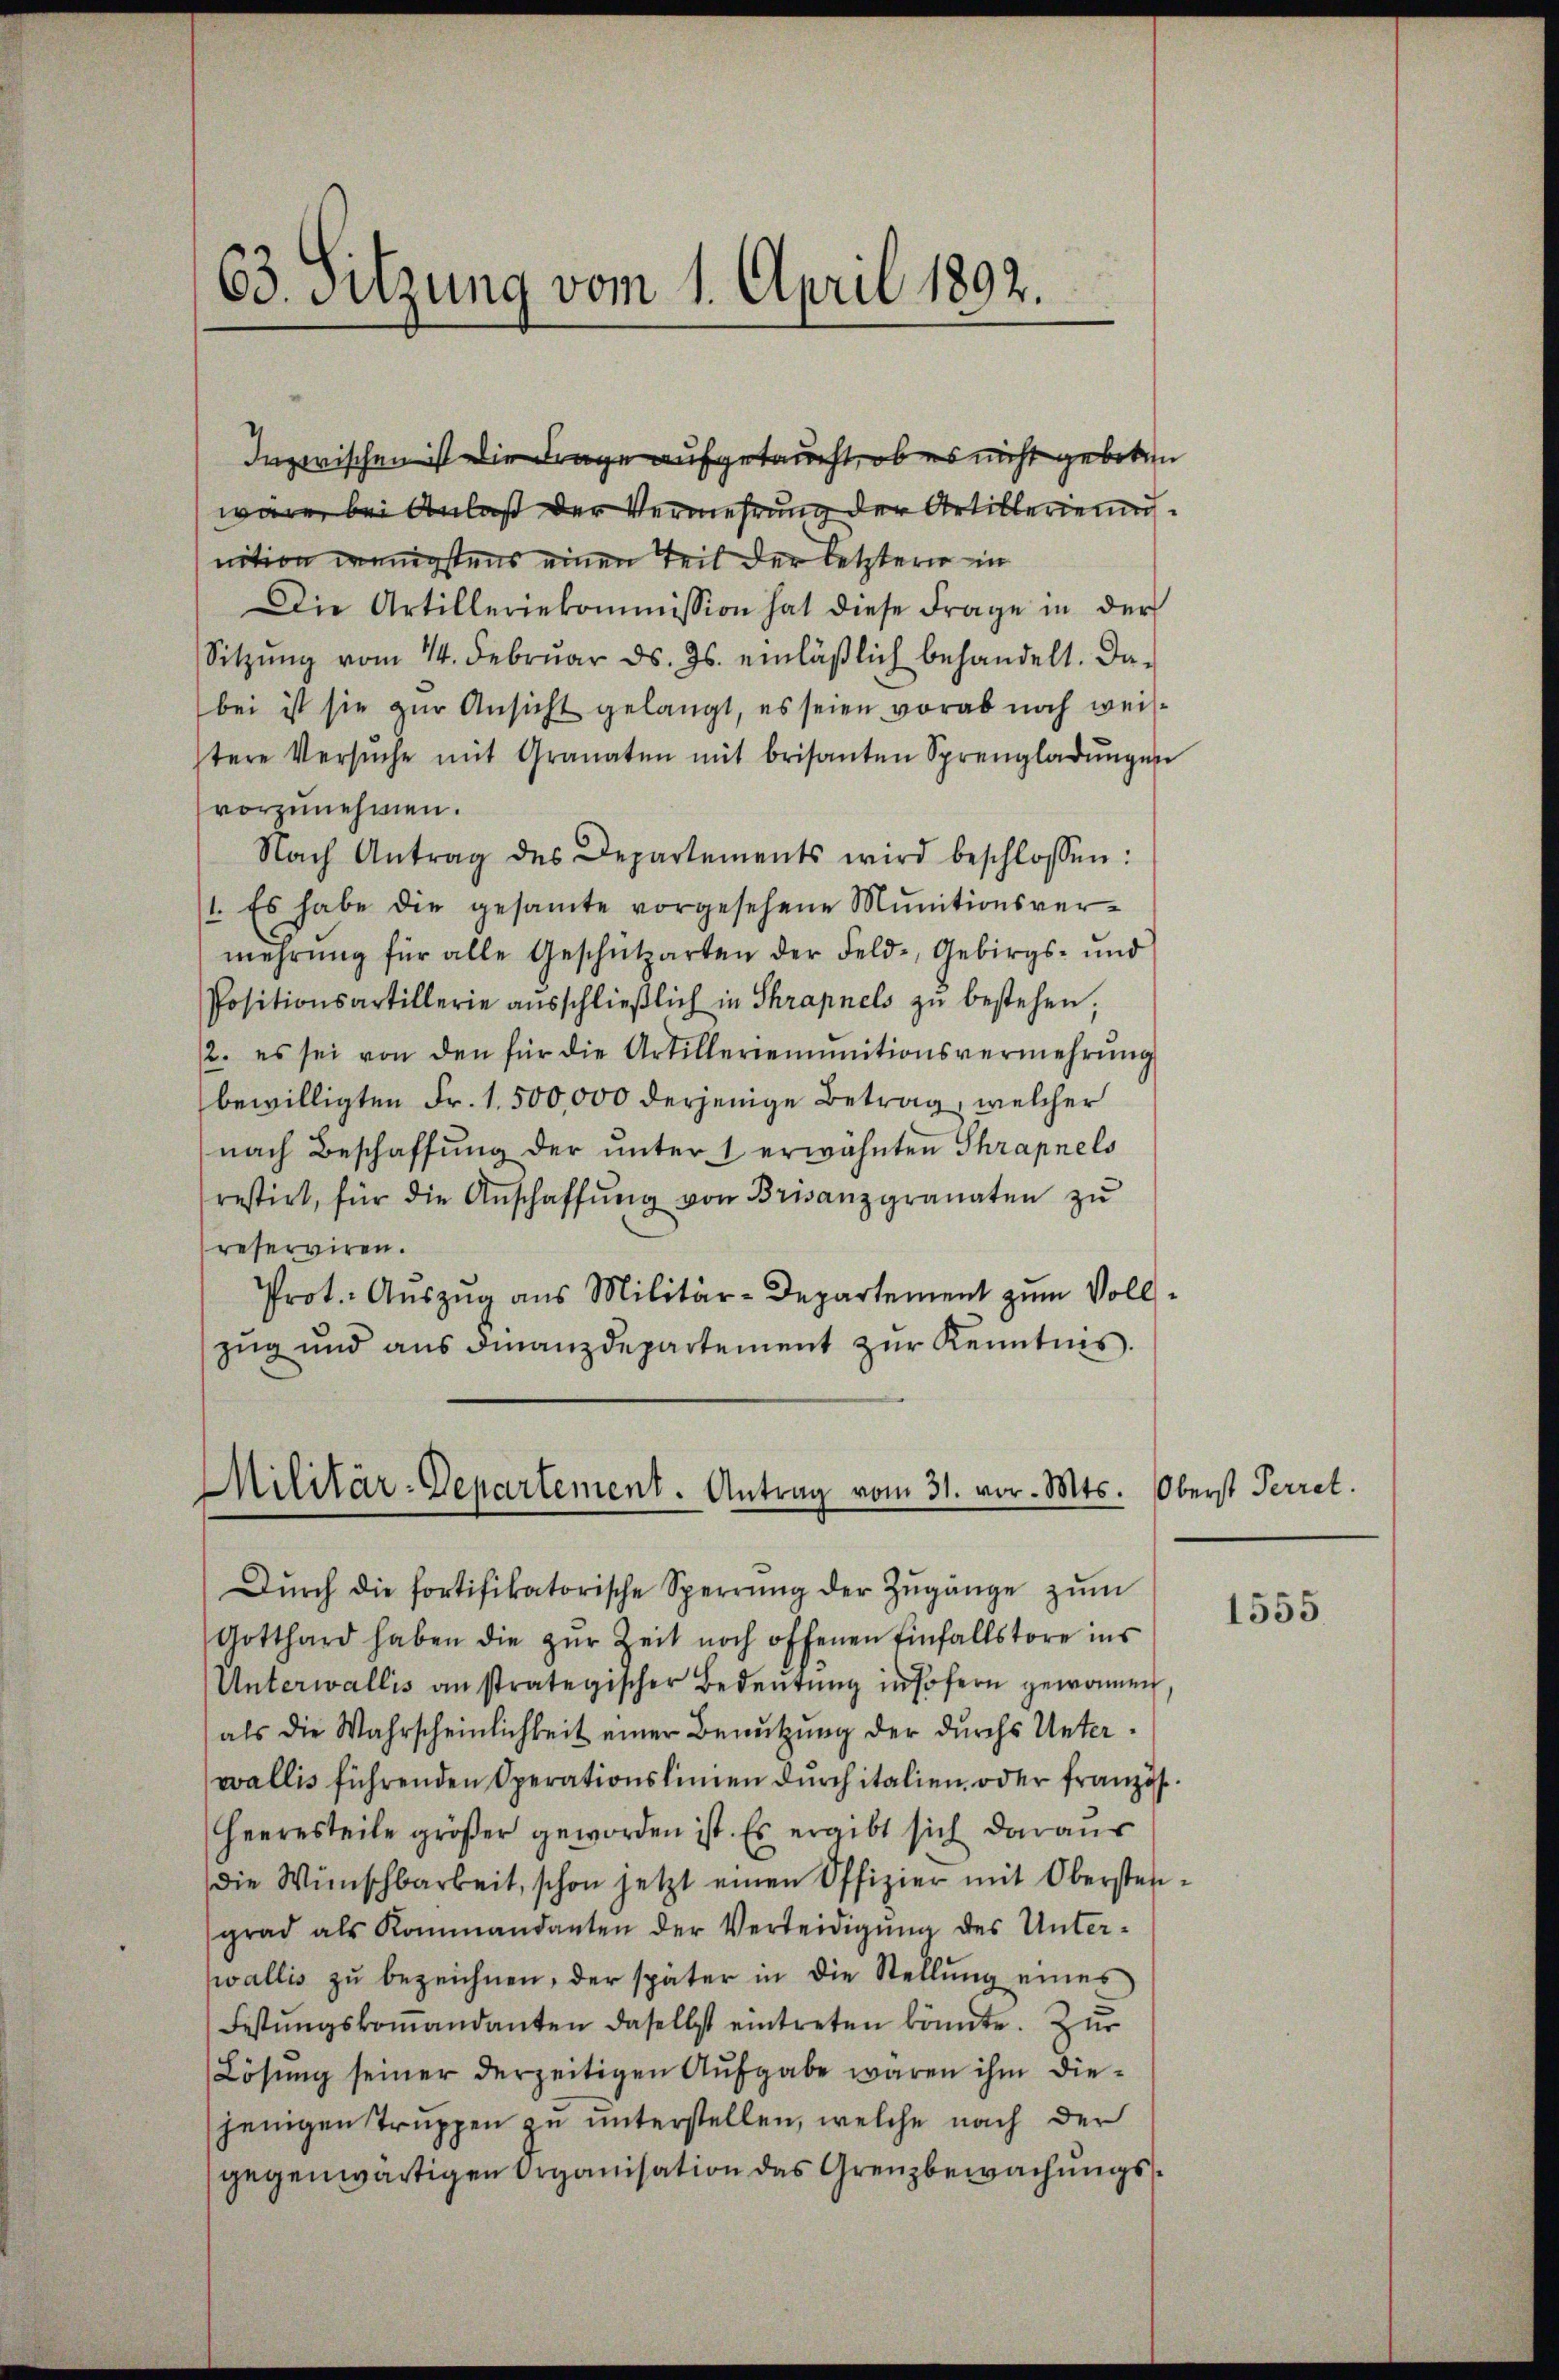
63. Sitzung vom 1. April 1892.

Inzwischen ist die Frage aufgetaucht, ob es nicht geboten
wäre, bei Anlaß der Vermehrung der Artillerienn
nition wenigstens einen Teil der letzterer in
Die Artilleriekommission hat diese Frage in der
Sitzŭng vom 14. Februar ds. Js. einläßlich behandelt. Da-
bei ist sie zur Ansicht gelangt, es seien vorab noch weisstere Versŭche mit Granaten mit beisanten Sprengladŭngen
vorzunehmen.
Nach Antrag des Departements wird beschlossen:
1. Es habe die gesamte vorgesehene Munitionsvermehrŭng für alle Geschützarten der Feld- Gebirgs- und
Positionsartillerie aŭsschlieβlich in Shrapnels zŭ bestehen,
2. es sei von den für die Artilleriennitionsvermehrŭng
bewilligten Fr. 1. 500,000 derjenige Betrag, welcher
nach Beschaffŭng der ŭnter 1 erwähnten Thrapnels
restirt, für die Anschaffŭng von Brisanzgranaten zŭ
reserviren.
Prot. Aŭszŭg ans Militär-Departement zum Vollzug und aus Finanzdepartement zur Kenntnis.

Militär-Departement. Antrag vom 31. vor. Mts.

Dŭrch die fortifikatorische Sperrŭng der Zŭgänge zŭm
Gotthard haben die zŭr Zeit noch offenen Einfallstore ins
Unterwallis anstrategischer Bedeutung insofern gewonnen
als die Wahrscheinlichkeit einer Benutzung der durchs Unterwallis führenden Operationslinien dŭrchitalien, oder französ
Heeresteile größer geworden ist. Es ergibt sich daraus
die Wünschbarkeit, schon jetzt einen Offizier mit Obersten.
grad als Kommandanten der Verteidigung des Unterwallis zu bezeichnen, der später in die Stellung eines
Festŭngskoṁandanten daselbst eintreten könnte. Zur
Lösung seiner derzeitigen Aufgabe wären ihm diejenigen Truppen zu unterstellen, welche nach der
gegenwärtigen Organisation das Grenzbewachungs¬

Oberst Perret.

1555